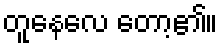
တူနေလေ တော့၏။